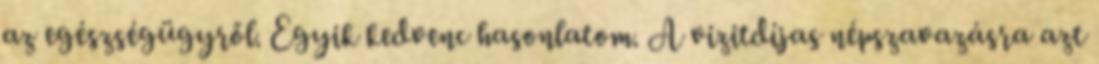
az egészségügyről. Egyik kedvenc hasonlatom. A vizitdíjas népszavazásra azt